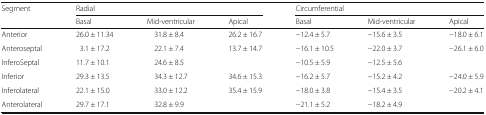
<table><thead><tr><td rowspan="2"><b>Segment</b></td><td colspan="3"><b>Radial</b></td><td colspan="3"><b>Circumferential</b></td></tr><tr><td><b>Basal</b></td><td><b>Mid-ventricular</b></td><td><b>Apical</b></td><td><b>Basal</b></td><td><b>Mid-ventricular</b></td><td><b>Apical</b></td></tr></thead><tbody><tr><td>Anterior</td><td>26.0 ± 11.34</td><td>31.8 ± 8.4</td><td>26.2 ± 16.7</td><td>−12.4 ± 5.7</td><td>−15.6 ± 3.5</td><td>−18.0 ± 6.1</td></tr><tr><td>Anteroseptal</td><td>3.1 ± 17.2</td><td>22.1 ± 7.4</td><td rowspan="2">13.7 ± 14.7</td><td>−16.1 ± 10.5</td><td>−22.0 ± 3.7</td><td rowspan="2">−26.1 ± 6.0</td></tr><tr><td>InferoSeptal</td><td>11.7 ± 10.1</td><td>24.6 ± 8.5</td><td>−10.5 ± 5.9</td><td>−12.5 ± 5.6</td></tr><tr><td>Inferior</td><td>29.3 ± 13.5</td><td>34.3 ± 12.7</td><td>34.6 ± 15.3</td><td>−16.2 ± 5.7</td><td>−15.2 ± 4.2</td><td>−24.0 ± 5.9</td></tr><tr><td>Inferolateral</td><td>22.1 ± 15.0</td><td>33.0 ± 12.2</td><td rowspan="2">35.4 ± 15.9</td><td>−18.0 ± 3.8</td><td>−15.4 ± 3.5</td><td rowspan="2">−20.2 ± 4.1</td></tr><tr><td>Anterolateral</td><td>29.7 ± 17.1</td><td>32.8 ± 9.9</td><td>−21.1 ± 5.2</td><td>−18.2 ± 4.9</td></tr></tbody></table>